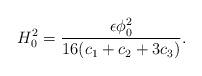
LaTeX: \begin{align*}H_0^2 = {\epsilon \phi_0^2 \over 16(c_1+c_2 +3c_3)}. \end{align*}